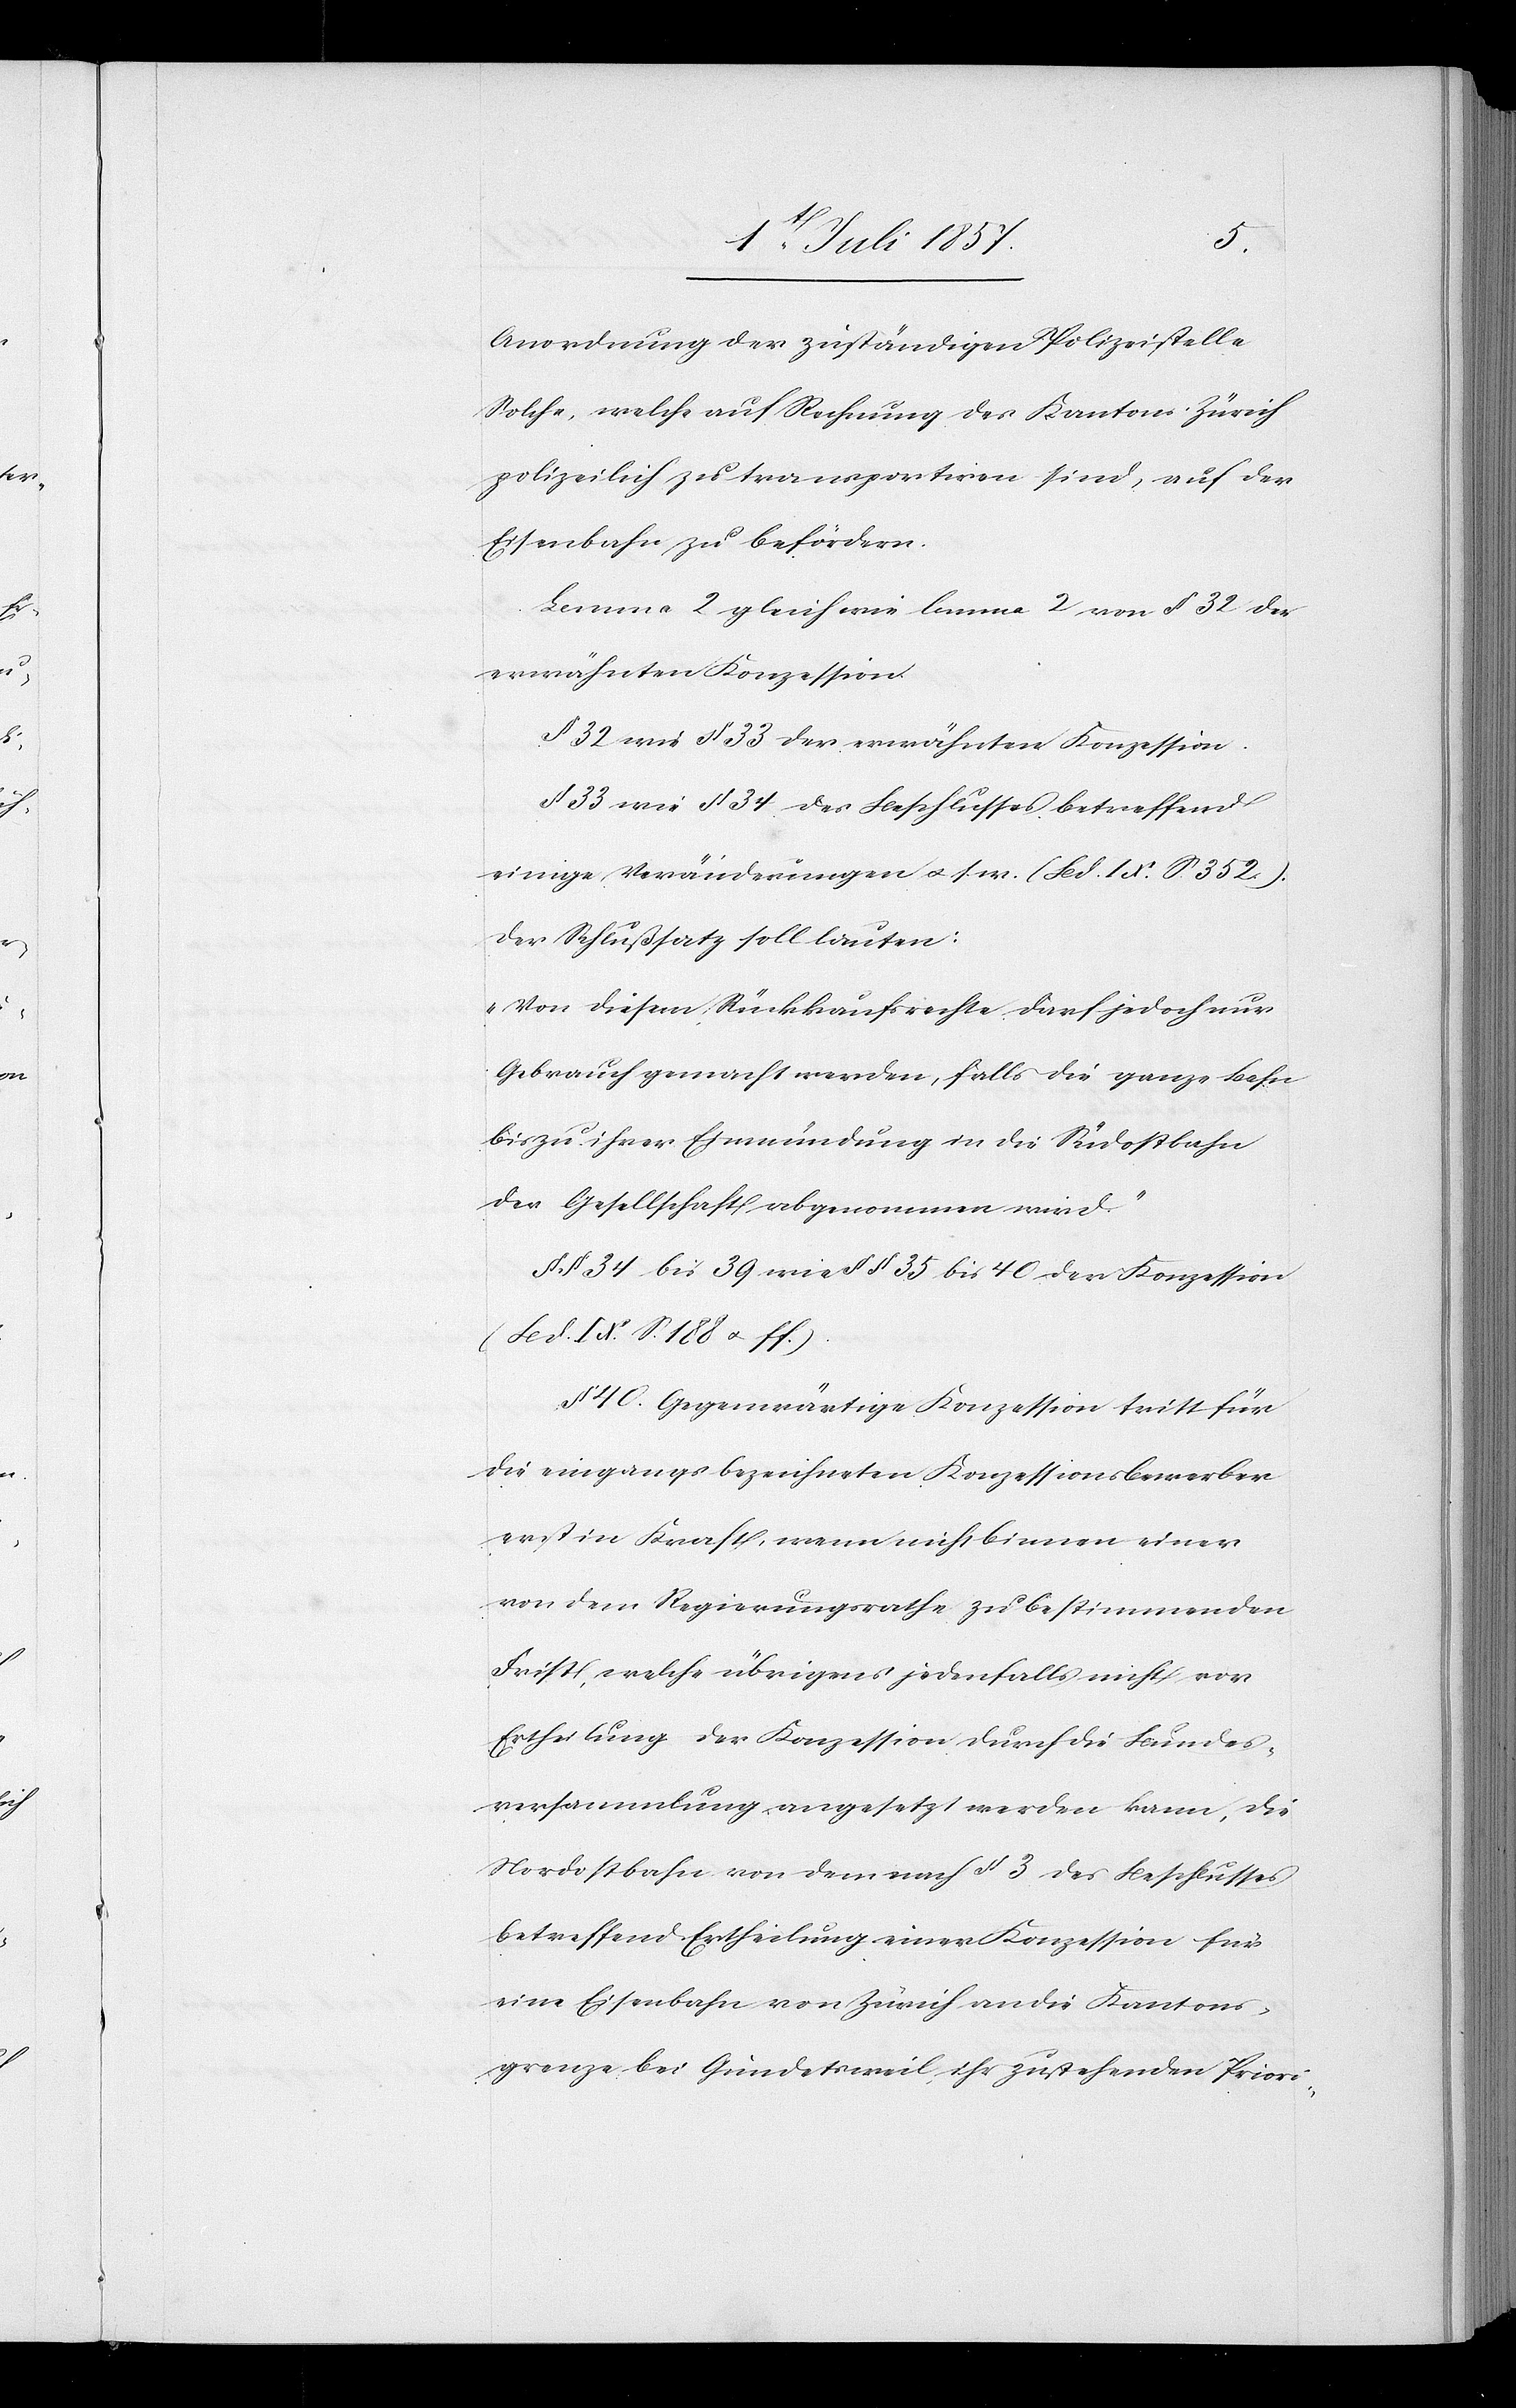
Anordnung der zuständigen Polizeistelle
Solche, welche auf Rechnung des Kantons Zürich
polizeilich zu transportiren sind, auf der
Eisenbahn zu befördern.
Lemma 2 gleich wie lemma 2 von § 32 der
erwähnten Konzession.
§ 32 wie § 33 der erwähnten Konzession.
§ 33 wie § 34 des Beschlusses betreffend
einige Veränderungen &. s. w. (Bd. IX. S. 352)
der Schlußsatz soll lauten:
„Von diesem Rückkaufsrechte darf jedoch nur
Gebrauch gemacht werden, falls die ganze Bahn
bis zu ihrer Einmündung in die Südostbahn
der Gesellschaft abgenommen wird.“
§§ 34 bis 39 wie §§ 35 bis 40 der Konzession
(Bd. XI. S. 188 & ff.)
§ 40. Gegenwärtige Konzession tritt für
die eingangs bezeichneten Konzessionsbewerber
erst in Kraft, wenn nicht binnen einer
von dem Regierungsrathe zu bestimmenden
Frist, welche übrigens jedenfalls nicht vor
Ertheilung der Konzession durch die Bundes¬
versammlung angesetzt werden kann, die
Nordostbahn von dem § 3 des Beschlusses
betreffend Ertheilung einer Konzession für
eine Eisenbahn von Zürich an die Kantons¬
grenze bei Gundetsweil ihr zustehenden Priori-